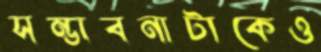
সম্ভাবনাটাকেও